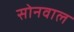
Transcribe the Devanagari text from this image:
सोनवाल